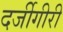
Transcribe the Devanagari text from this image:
दर्जीगीरी